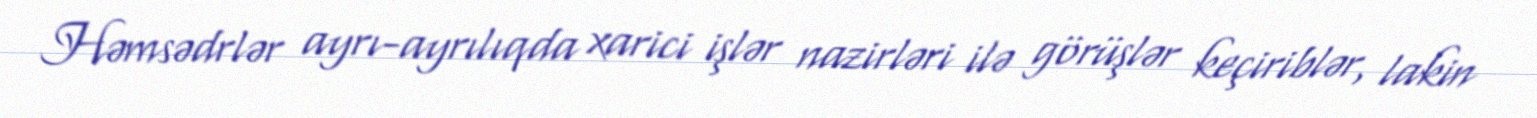
Həmsədrlər ayrı-ayrılıqda xarici işlər nazirləri ilə görüşlər keçiriblər, lakin